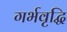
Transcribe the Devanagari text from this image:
गर्भवृद्धि